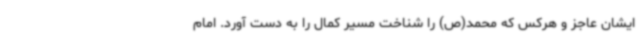
ایشان عاجز و هرکس که محمد(ص) را شناخت مسیر کمال را به دست آورد. امام